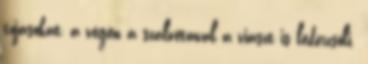
tojásokat, a végén a szalvétával a viaszt is ledörzsöli.